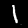
Digit: 1